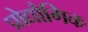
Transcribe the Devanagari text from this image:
प्रोद्यौगिक